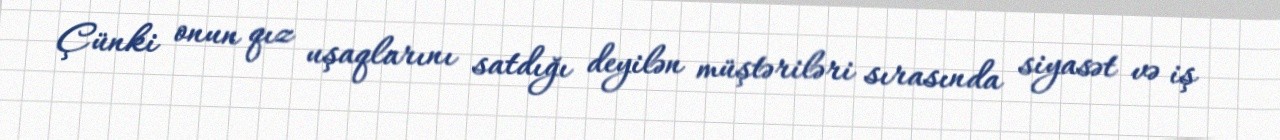
Çünki onun qız uşaqlarını satdığı deyilən müştəriləri sırasında siyasət və iş